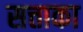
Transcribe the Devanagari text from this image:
सत्ताका